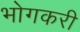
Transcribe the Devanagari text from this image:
भोगकरी